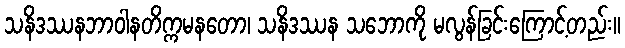
သနိဒဿနဘာဝါနတိက္ကမနတော၊ သနိဒဿန သဘောကို မလွန်ခြင်းကြောင့်တည်း။